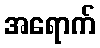
အရောက်